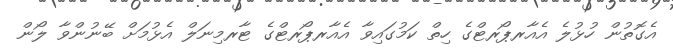
އެގޮތުން ހުޅުލެ އެއާރޕޯރޓްގެ ހިތް ކަމުގައިވާ އެއާރޕޯރޓްގެ ޓާރމިނަލް އެޅުމަށް ބޭނުންވާ ލޯން